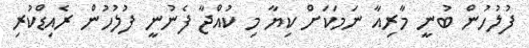
ފުލުހުން ބުނީ މާރިއާ ނަމަކަށް ކިޔާ މި ކުއްޖާ ފެނުނީ ފުލުހުން ރެއިޑްކުރި